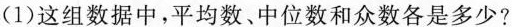
(1)这组数据中，平均数、中位数和众数各是多少?